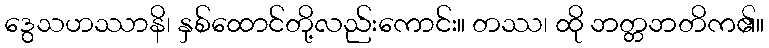
ဒွေသဟဿာနိ၊ နှစ်ထောင်တို့လည်းကောင်း။ တဿ၊ ထို ဘတ္တဘတိက၏။